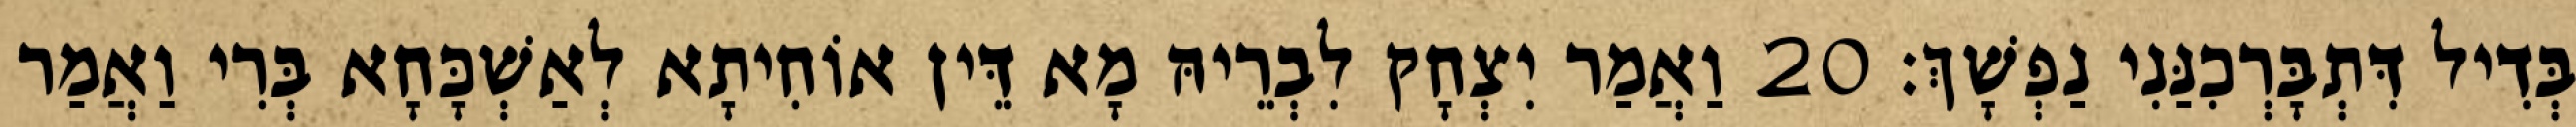
בְּדִיל דִּתְבָּרְכִנַּנִי נַפְשָׁךְ׃ 20 וַאֲמַר יִצְחָק לִבְרֵיהּ מָא דֵּין אוֹחִיתָא לְאַשְׁכָּחָא בְּרִי וַאֲמַר